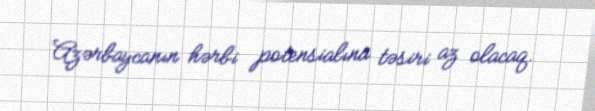
Azərbaycanın hərbi potensialına təsiri az olacaq.